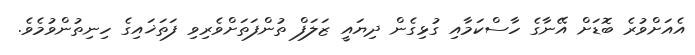
އެއަށްވުރެ ބޮޑަށް އޭނާގެ ހާސްކަމާއި ގުޅިގެން ދިޔައީ ޒަލަފް ތުންފަތަށްވެރިވި ފަތަޚައިގެ ހިނިތުންވުމެވެ.